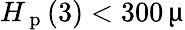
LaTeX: H_{\mathrm{~p~}}(3)<300\, \upmu